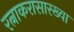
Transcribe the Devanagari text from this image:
रत्नाकरासारख्या